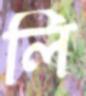
লি